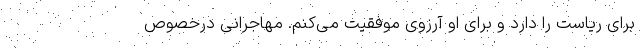
برای ریاست را دارد و برای او آرزوی موفقیت می‌کنم. مهاجرانی درخصوص